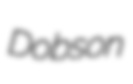
Dobson